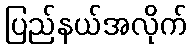
ပြည်နယ်အလိုက်